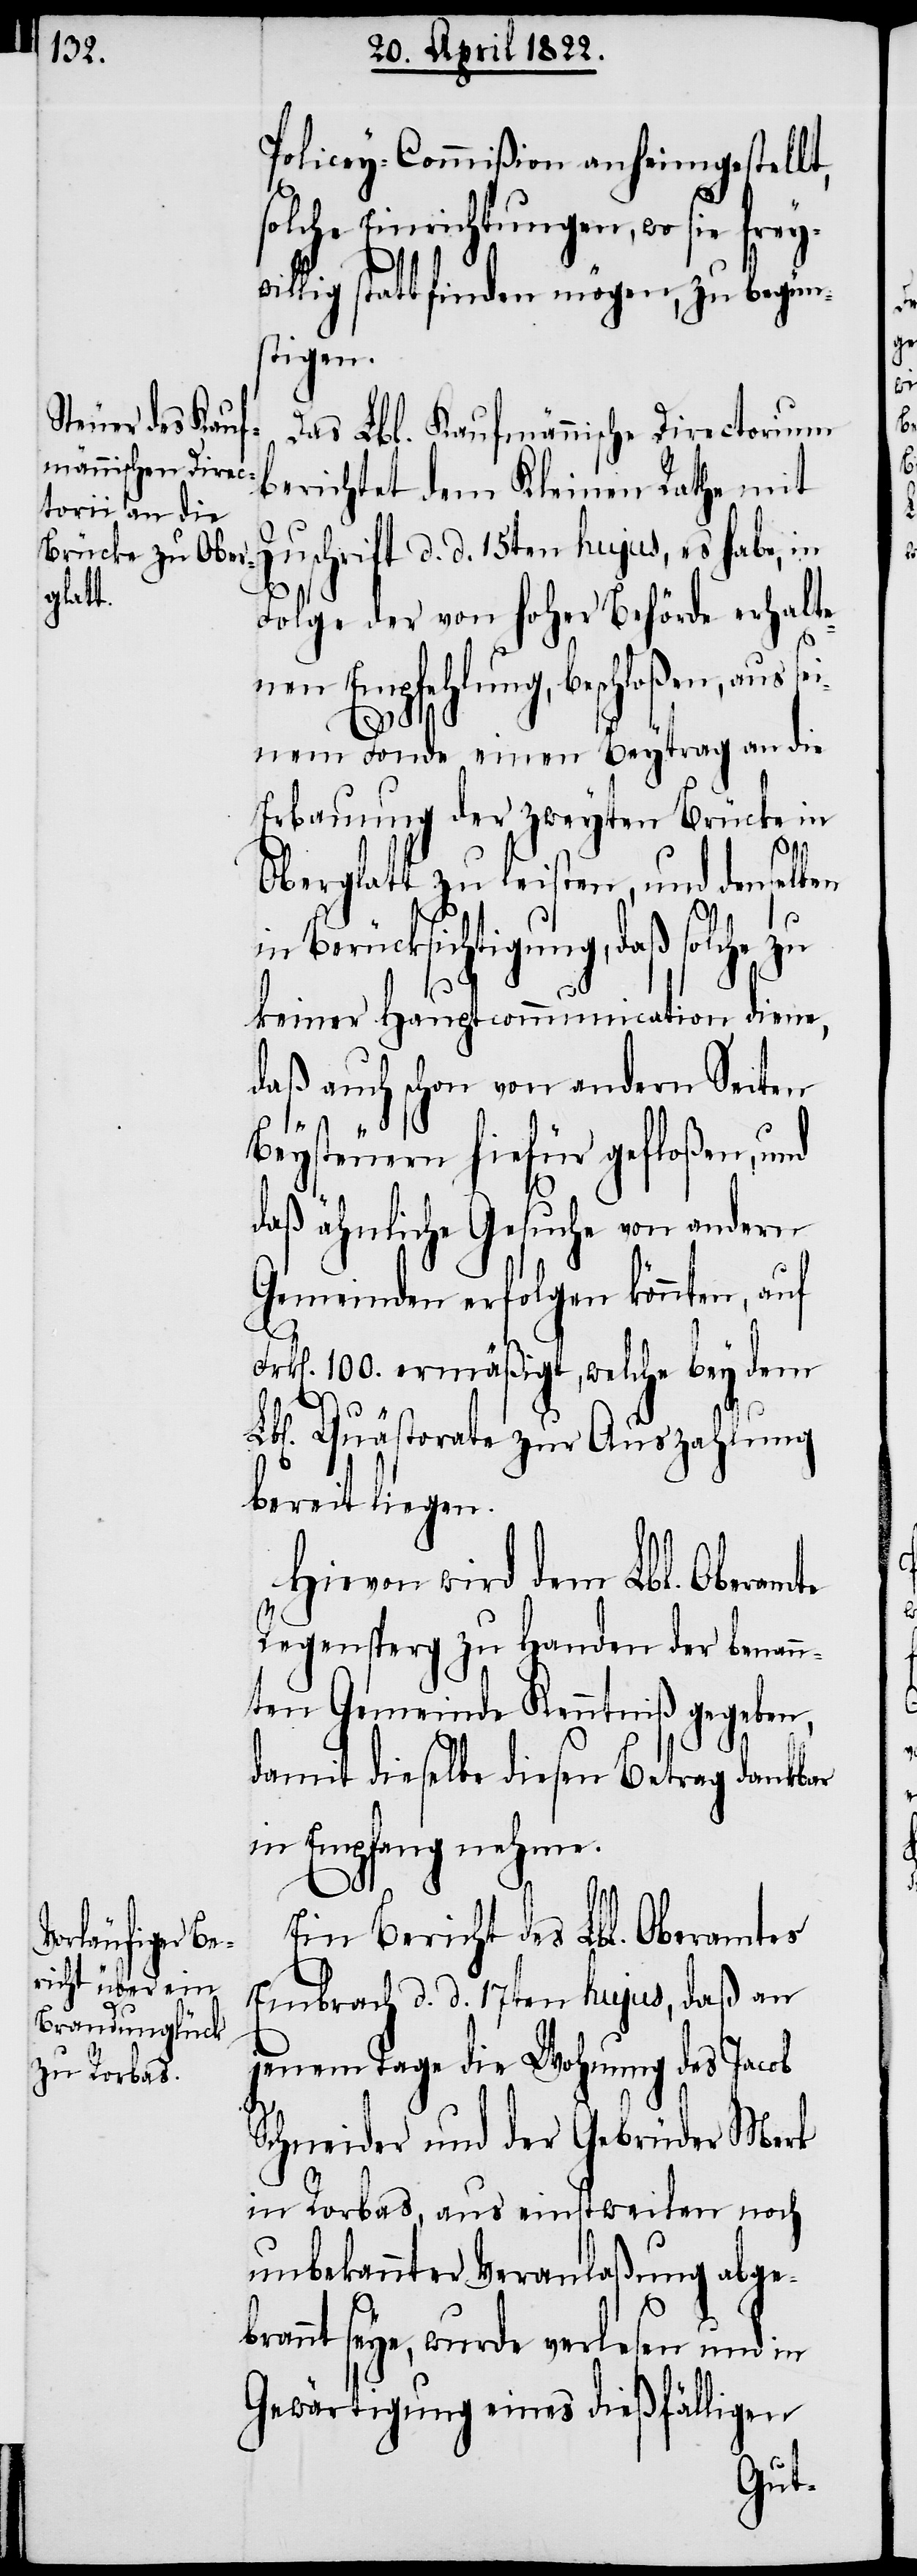
Policey-Commißion anheimgestellt,
solche Einrichtungen, wo sie frey¬
willig stattfinden mögen, zu begün¬
stigen.
Das Lbl. Kaufmännische Directorium
berichtet dem Kleinen Rathe mit
Zuschrift d. d. 15ten hujus, es habe, in
Folge der von hoher Behörde erhalte¬
nen Empfehlung, beschloßen, aus s¬
einem Fonde einen Beytrag an die
Erbauung der zweyten Brücke in
Oberglatt zu leisten, und denselben
in Berücksichtigung, daß solche zu
keiner Hauptcommunication diene,
daß auch schon von andern Seiten
Beysteuern hiefür gefloßen, und
daß ähnliche Gesuche von andern
Gemeinden erfolgen könnten, auf
Frk[en]. 100. ermäßigt, welche bey dem
Lbl[en]. Quästorale zur Auszahlung
bereit liegen.
Hievon wird dem Lbl. Oberamte
Regensperg zu Handen der benann¬
ten Gemeinde Kenntniß gegeben,
damit dieselbe diesen Betrag dankbar
in Empfang nehme.
Ein Bericht des Lbl. Oberamtes
Embrach d. d. 17ten hujus, daß an
jenem Tage die Wohnung des Jacob
Schneider und der Gebrüder Merk
in Rorbas, aus einstweilen noch
unbekannter Veranlaßung abgebr¬
annt seye, wurde verlesen und in
Gewärtigung eines dießfälligen